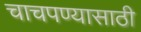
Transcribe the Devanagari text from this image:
चाचपण्यासाठी